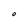
Character: O